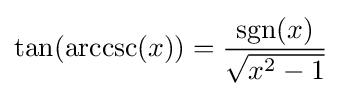
\tan(\operatorname {arccsc} (x))={\frac {\operatorname {sgn} (x)}{\sqrt {x^{2}-1}}}